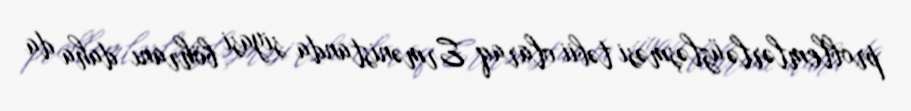
problemlərlə üzləşməsi təbii olaraq Ermənistanda siyasi böhranı daha da